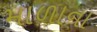
માળાના